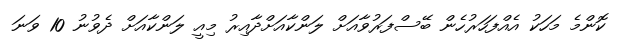
ކޮންމެ މަހަކު އެއްފަހަރުހެން ބޭސްފަރުވާއަށް ލަންކާއަށްދާއިރު މިއީ ލަންކާއަށް ދެވުނު 10 ވަނަ